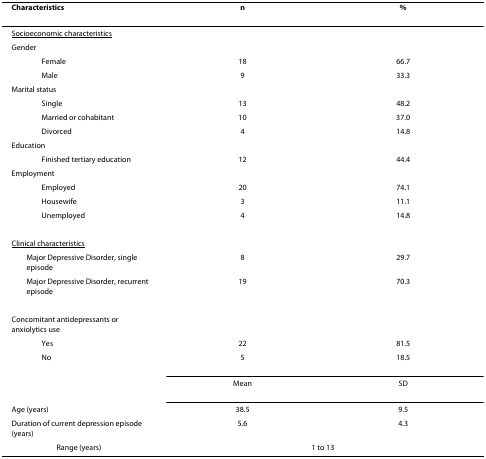
<table><thead><tr><td><b>Characteristics</b></td><td><b>n</b></td><td><b>%</b></td></tr></thead><tbody><tr><td colspan="3"><underline>Socioeconomic characteristics</underline></td></tr><tr><td>Gender</td><td></td><td></td></tr><tr><td>Female</td><td>18</td><td>66.7</td></tr><tr><td>Male</td><td>9</td><td>33.3</td></tr><tr><td>Marital status</td><td></td><td></td></tr><tr><td>Single</td><td>13</td><td>48.2</td></tr><tr><td>Married or cohabitant</td><td>10</td><td>37.0</td></tr><tr><td>Divorced</td><td>4</td><td>14.8</td></tr><tr><td>Education</td><td></td><td></td></tr><tr><td>Finished tertiary education</td><td>12</td><td>44.4</td></tr><tr><td>Employment</td><td></td><td></td></tr><tr><td>Employed</td><td>20</td><td>74.1</td></tr><tr><td>Housewife</td><td>3</td><td>11.1</td></tr><tr><td>Unemployed</td><td>4</td><td>14.8</td></tr><tr><td colspan="3"><underline>Clinical characteristics</underline></td></tr><tr><td> Major Depressive Disorder, single episode</td><td>8</td><td>29.7</td></tr><tr><td> Major Depressive Disorder, recurrent episode</td><td>19</td><td>70.3</td></tr><tr><td>Concomitant antidepressants or anxiolytics use</td><td></td><td></td></tr><tr><td>Yes</td><td>22</td><td>81.5</td></tr><tr><td>No</td><td>5</td><td>18.5</td></tr><tr><td></td><td>Mean</td><td>SD</td></tr><tr><td>Age (years)</td><td>38.5</td><td>9.5</td></tr><tr><td>Duration of current depression episode (years)</td><td>5.6</td><td>4.3</td></tr><tr><td>Range (years)</td><td colspan="2">1 to 13</td></tr></tbody></table>